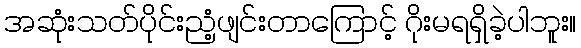
အဆုံးသတ်ပိုင်းညံ့ဖျင်းတာကြောင့် ဂိုးမရရှိခဲ့ပါဘူး။